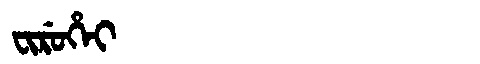
Manchu: ᠸᡳᡵᡠᡥᡝᡳ
Romanization: FIRUHEI